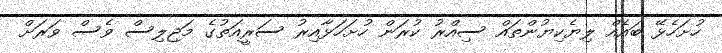
ހުށަހެޅޭ ބައެއް ލިޔެކިޔުންތައް ސިއްރު ކުރަން ހުށަހަޅާއިރު ސަރީއަތުގެ މަޖިލިސް ވެސް ވަރަށް